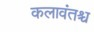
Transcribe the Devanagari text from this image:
कलावंतश्च